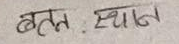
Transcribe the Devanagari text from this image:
बतन : स्थान